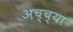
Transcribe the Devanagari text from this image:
अच्च्या